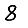
Digit: 8